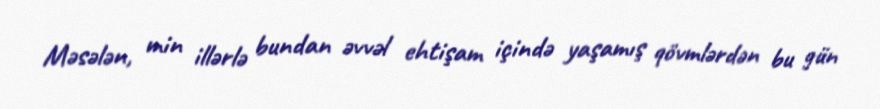
Məsələn, min illərlə bundan əvvəl ehtişam içində yaşamış qövmlərdən bu gün